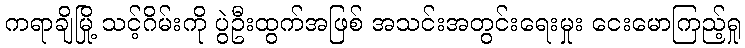
ကရာချိမြို့ သင့်ဂိမ်းကို ပွဲဦးထွက်အဖြစ် အသင်းအတွင်းရေးမှုး ငေးမောကြည့်ရှု